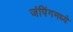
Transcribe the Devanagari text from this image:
जंपिंगमध्ये